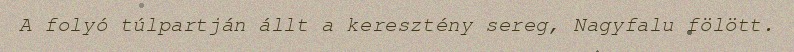
A folyó túlpartján állt a keresztény sereg, Nagyfalu fölött.